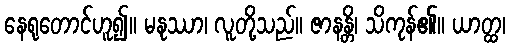
နေရုတောင်ဟူ၍။ မနုဿာ၊ လူတို့သည်။ ဇာနန္တိ၊ သိကုန်၏။ ယာတ္ထ၊